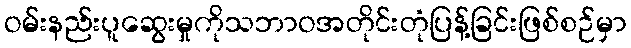
ဝမ်းနည်းပူဆွေးမှုကိုသဘာဝအတိုင်းတုံပြန့်ခြင်းဖြစ်စဉ်မှာ